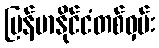
မြန်မာနိုင်ငံတစ်ဝှမ်း